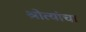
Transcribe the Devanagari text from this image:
श्रोत्यांचा